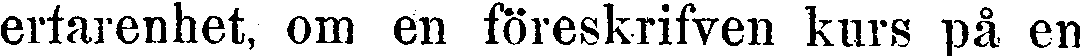
erfarenhet, om en föreskrifven kurs på en